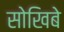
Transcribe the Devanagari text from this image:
सोखिबे